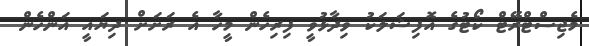
މެޖިސްޓްރޭޓް ކޯޓުގެ އޮފިޝަލަކު ވިދާޅުވީ ފިރިހެން މީހާ އެ ރަށަށް ދިޔައީ އަންހެން